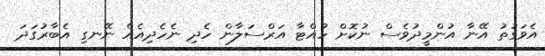
އެވަގުތު އޭނާ އުންމީދުވެސް ނުކޮށް ހުއްޓާ އަރްސަލާން ހެދި ނެހެދިއެއް ނޭނގި އެބާރުގަދަ